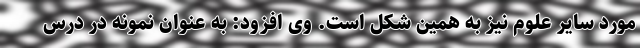
مورد سایر علوم نیز به همین شکل است. وی افزود: به عنوان نمونه در درس